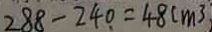
2 8 8 - 2 4 0 = 4 8 c m ^ { 3 }